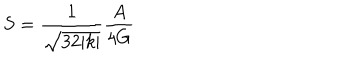
LaTeX: S = \frac { 1 } { \sqrt { 3 2 | k | } } \frac { A } { 4 G }